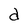
Character: d